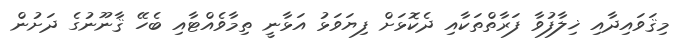
މިޤަވައިދާއި ޚިލާފުވާ ފަރާތްތަކާއި ދެކޮޅަށް ފިޔަވަޅު އަޅާނީ ތިމާވެއްޓާއި ބެހޭ ޤާނޫނުގެ ދަށުން